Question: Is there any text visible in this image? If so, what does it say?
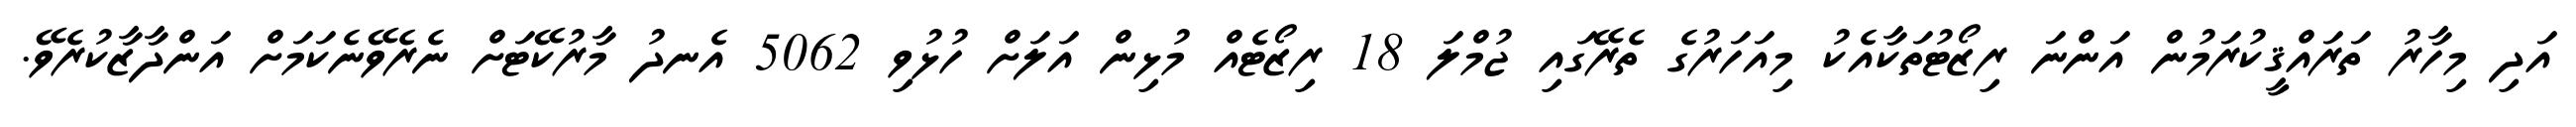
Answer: އަދި މިހާރު ތަރައްޤީކުރަމުން އަންނަ ރިޒޯޓުތަކާއެކު މިއަހަރުގެ ތެރޭގައި ޖުމްލަ 18 ރިޒޯޓެއް މުޅިން އަލަށް ހުޅުވި 5062 އެނދު މާރުކޭޓަށް ނެރެވޭނެކަމަށް އަންދާޒާކުރެވޭ.